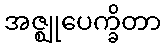
အဇ္ဈုပေက္ခိတာ